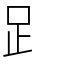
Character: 𧾷